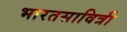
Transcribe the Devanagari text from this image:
भारतसावित्री